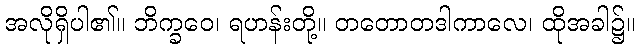
အလိုရှိပါ၏။ ဘိက္ခဝေ၊ ရဟန်းတို့။ တတောတဒါကာလေ၊ ထိုအခါ၌။